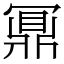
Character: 鼏